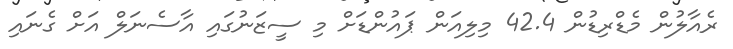
ރެއާލުން މެޑްރިޑުން 42.4 މިލިއަން ޕައުންޑަށް މި ސީޒަނުގައި އާސެނަލް އަށް ގެނައި